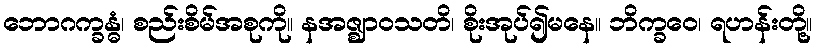
ဘောဂက္ခန္ဓံ၊ စည်းစိမ်အစုကို။ နအဇ္ဈာဝသတိ၊ စိုးအုပ်၍မနေ။ ဘိက္ခဝေ၊ ရဟန်းတို့။